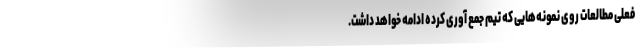
فعلی مطالعات روی نمونه‌هایی که تیم جمع آوری کرده ادامه خواهد داشت.